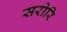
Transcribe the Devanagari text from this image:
सरोरि